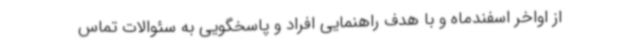
از اواخر اسفندماه و با هدف راهنمایی افراد و پاسخگویی به سئوالات تماس